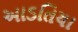
આડતિયા